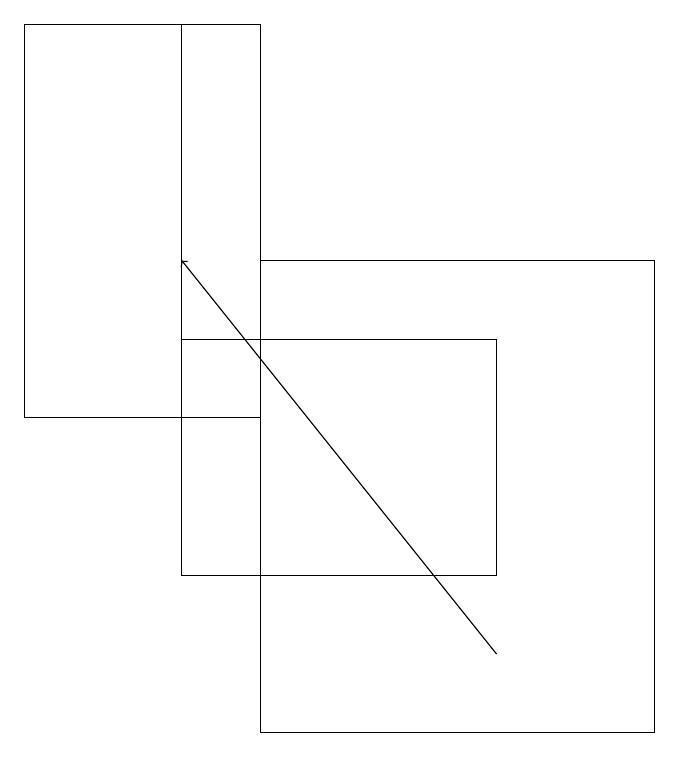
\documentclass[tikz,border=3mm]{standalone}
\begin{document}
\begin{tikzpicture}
\draw[->] (6,11) -- (2,16);
\draw (2,12) rectangle (3,19);
\draw (2,15) rectangle (6,12);
\draw (0,14) rectangle (3,19);
\draw (3,16) rectangle (8,10);
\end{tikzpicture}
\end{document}